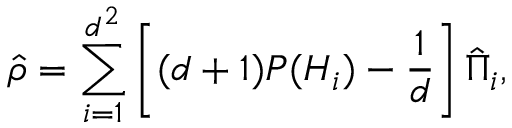
{ \hat { \rho } } = \sum _ { i = 1 } ^ { d ^ { 2 } } \left[ ( d + 1 ) P ( H _ { i } ) - { \frac { 1 } { d } } \right] { \hat { \Pi } } _ { i } ,